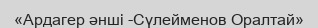
«Ардагер әнші -Сүлейменов Оралтай»